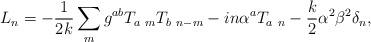
LaTeX: \begin{align*} L_n = -{1\over 2k}\sum_m g^{ab} T_{a\ m} T_{b\ n-m} - i n \alpha^a T_{a\ n} - {k\over 2}\alpha^2 \beta^2 \delta_n,\end{align*}